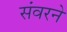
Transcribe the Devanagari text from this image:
संवरने